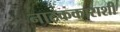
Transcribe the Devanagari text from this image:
नाटककाराशी